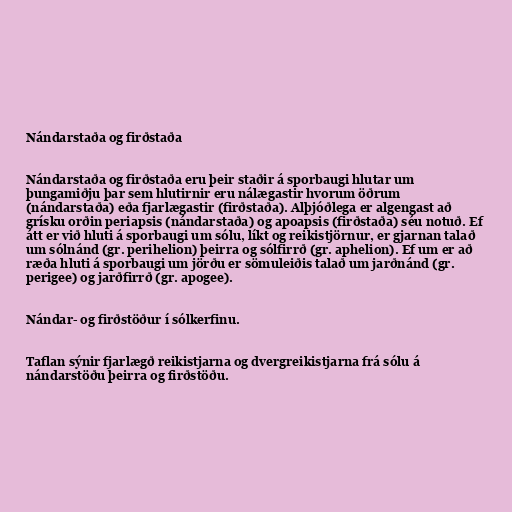
Nándarstaða og firðstaða

Nándarstaða og firðstaða eru þeir staðir á sporbaugi hlutar um
þungamiðju þar sem hlutirnir eru nálægastir hvorum öðrum
(nándarstaða) eða fjarlægastir (firðstaða). Alþjóðlega er algengast að
grísku orðin periapsis (nándarstaða) og apoapsis (firðstaða) séu notuð. Ef
átt er við hluti á sporbaugi um sólu, líkt og reikistjörnur, er gjarnan talað
um sólnánd (gr. perihelion) þeirra og sólfirrð (gr. aphelion). Ef um er að
ræða hluti á sporbaugi um jörðu er sömuleiðis talað um jarðnánd (gr.
perigee) og jarðfirrð (gr. apogee).

Nándar- og firðstöður í sólkerfinu.

Taflan sýnir fjarlægð reikistjarna og dvergreikistjarna frá sólu á
nándarstöðu þeirra og firðstöðu.